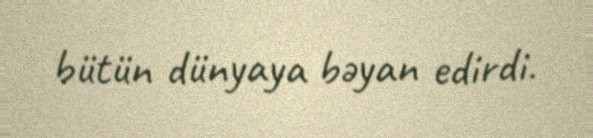
bütün dünyaya bəyan edirdi.